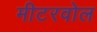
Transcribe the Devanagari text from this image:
मीटरवोल